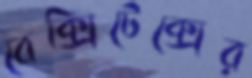
বেক্সিটেক্সের